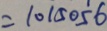
= 1 0 1 5 0 5 6